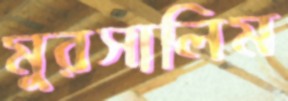
মুরসালিম